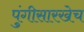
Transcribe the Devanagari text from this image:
पुंगीसारखेच